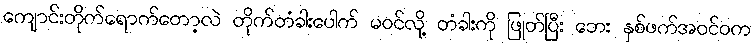
ကျောင်းတိုက်ရောက်တော့လဲ တိုက်တံခါးပေါက် မဝင်လို့ တံခါးကို ဖြုတ်ပြီး ဘေး နှစ်ဖက်အဝင်ဝက